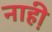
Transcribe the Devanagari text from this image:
नाही़